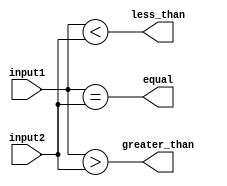
module comparator_8bit(
    input [7:0] input1,
    input [7:0] input2,
    output equal,
    output less_than,
    output greater_than
);

assign equal = (input1 == input2);
assign less_than = (input1 < input2);
assign greater_than = (input1 > input2);

endmodule